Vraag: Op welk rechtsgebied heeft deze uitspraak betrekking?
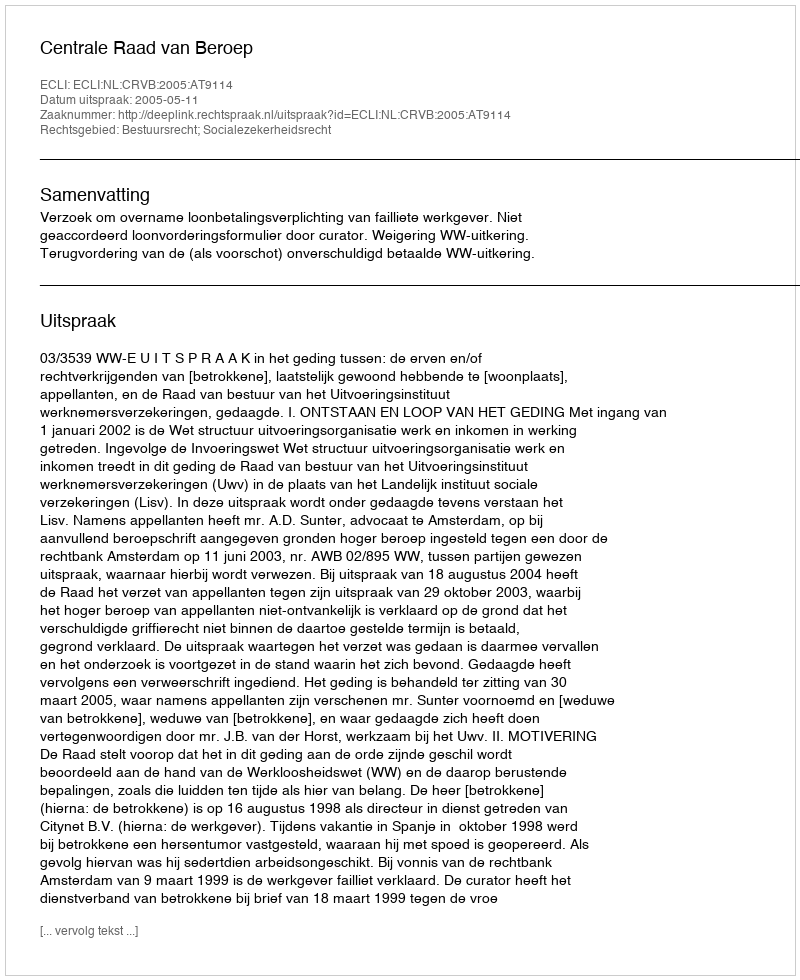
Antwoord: Bestuursrecht; Socialezekerheidsrecht